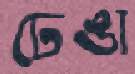
ঢেঙা